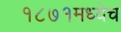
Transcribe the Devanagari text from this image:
१८७१मध्येच